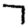
Digit: 7